Lunatic asylums in Bengal annual reports 1899-1911 - 1899-1911
Year: 1899
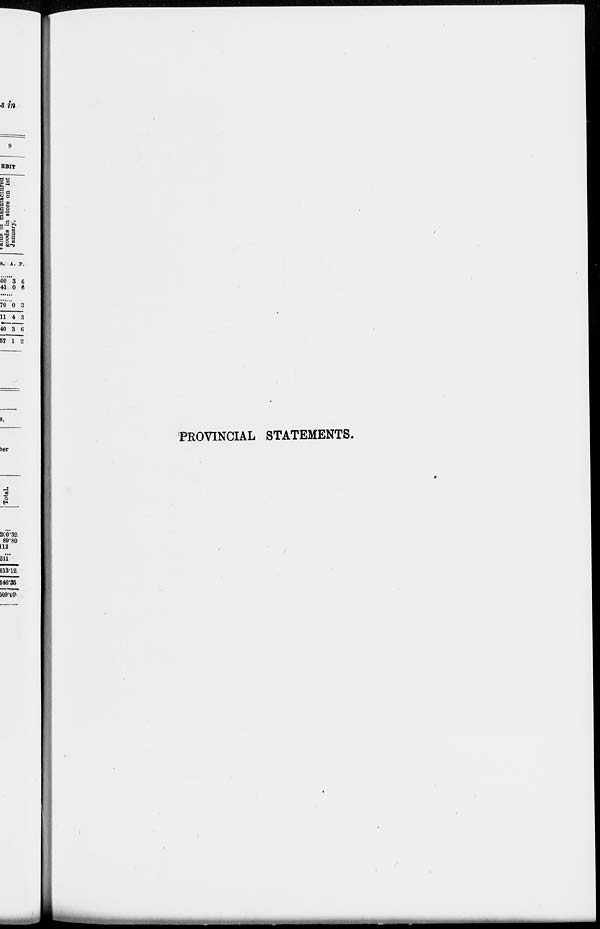
PROVINCIAL STATEMENTS.